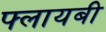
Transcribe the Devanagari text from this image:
फ्लायबी